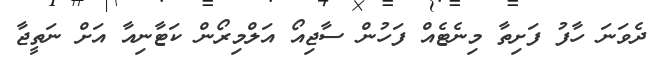
ދެވަނަ ހާފު ފަށިތާ މިނެޓެއް ފަހުން ސާޖިއޯ އަލްމިރޯން ކަޓާނިއާ އަށް ނަތީޖާ